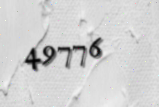
49776